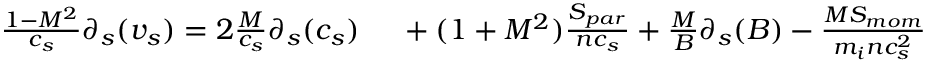
\begin{array} { r } { \frac { 1 - M ^ { 2 } } { c _ { s } } \partial _ { s } ( v _ { s } ) = 2 \frac { M } { c _ { s } } \partial _ { s } ( c _ { s } ) \ ~ ~ ~ + ( 1 + M ^ { 2 } ) \frac { S _ { p a r } } { n c _ { s } } + \frac { M } { B } \partial _ { s } ( B ) - \frac { M S _ { m o m } } { m _ { i } n c _ { s } ^ { 2 } } } \end{array}